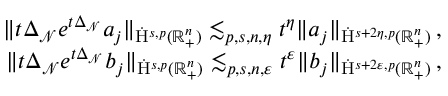
\begin{array} { r } { \lVert t \Delta _ { \mathcal { N } } e ^ { t \Delta _ { \mathcal { N } } } a _ { j } \rVert _ { \dot { \mathrm { H } } ^ { s , p } ( \mathbb { R } _ { + } ^ { n } ) } \lesssim _ { p , s , n , \eta } t ^ { \eta } \lVert a _ { j } \rVert _ { \dot { \mathrm { H } } ^ { s + 2 \eta , p } ( \mathbb { R } _ { + } ^ { n } ) } \, \mathrm { , ~ } } \\ { \lVert t \Delta _ { \mathcal { N } } e ^ { t \Delta _ { \mathcal { N } } } b _ { j } \rVert _ { \dot { \mathrm { H } } ^ { s , p } ( \mathbb { R } _ { + } ^ { n } ) } \lesssim _ { p , s , n , \varepsilon } t ^ { \varepsilon } \lVert b _ { j } \rVert _ { \dot { \mathrm { H } } ^ { s + 2 \varepsilon , p } ( \mathbb { R } _ { + } ^ { n } ) } \, \mathrm { , ~ } } \end{array}